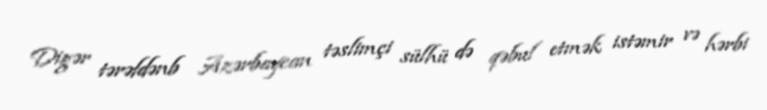
Digər tərəfdənb Azərbaycan təslimçi sülhü də qəbul etmək istəmir və hərbi